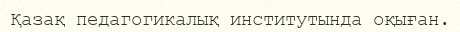
Қазақ педагогикалық институтында оқыған.